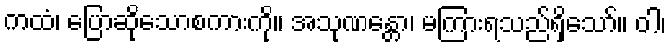
ကထံ၊ ပြောဆိုသောစကားကို။ အသုဏန္တော၊ မကြားရသည်ရှိသော်။ ဝါ၊